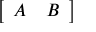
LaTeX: \left[ \begin{array} { l l } { A } & { B } \end{array} \right]